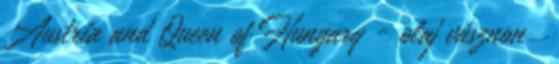
Austria and Queen of Hungary - olaj vásznon